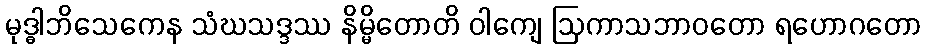
မုဒ္ဓါဘိသေကေန သံဃသဒ္ဒဿ နိမ္မိတောတိ ဝါကျေ ဩကာသဘာဝတော ရဟောဂတော